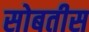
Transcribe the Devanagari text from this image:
सोबतीस